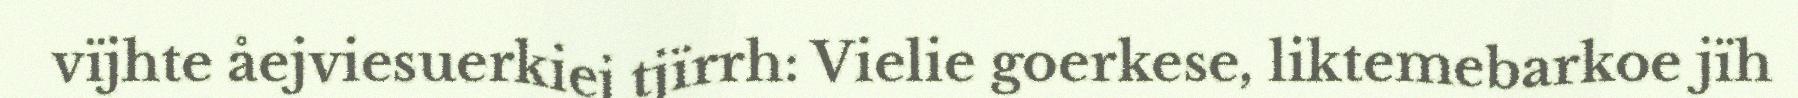
vïjhte åejviesuerkiej tjïrrh: Vielie goerkese, liktemebarkoe jïh